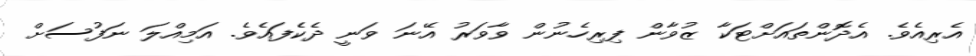
އެރިއެވެ. އެދޮންތައަށްޓަކާ ޒުވާން ފިރިހެނުން ވާވަރު އޭނަ ވަނީ ދެކެފައެވެ. އަމިއްލަ ނަފުސަށް